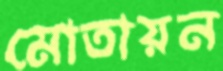
মোতায়ন